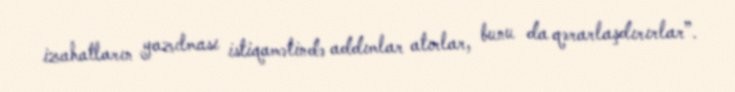
izahatların yazılması istiqamətində addımlar atırlar, bunu da qərarlaşdırırlar”.